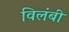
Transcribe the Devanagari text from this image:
विलंबी